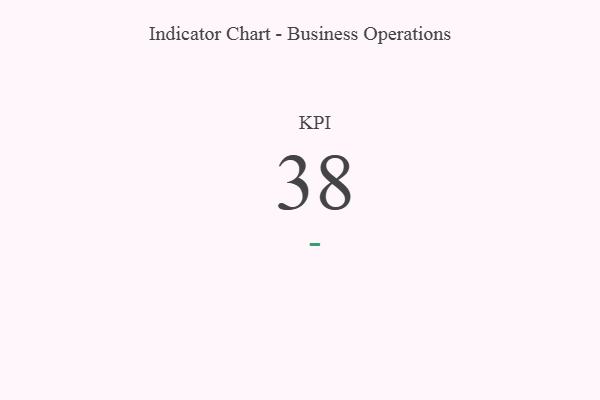
{"axis": {"x": "KPI", "y": "Value"}, "legend": [""], "data": [{"x": "KPI", "y": 38, "type": ""}]}